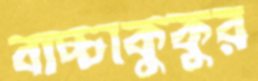
বাচ্চাকুকুর